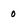
Character: o